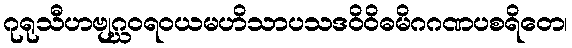
ဂုရုသီဟဗျဂ္ဃဝရဝယမဟိသာပသဒဝိဝိဓမိဂဂဏပစရိတေ၊